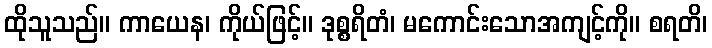
ထိုသူသည်။ ကာယေန၊ ကိုယ်ဖြင့်။ ဒုစ္စရိတံ၊ မကောင်းသောအကျင့်ကို။ စရတိ၊